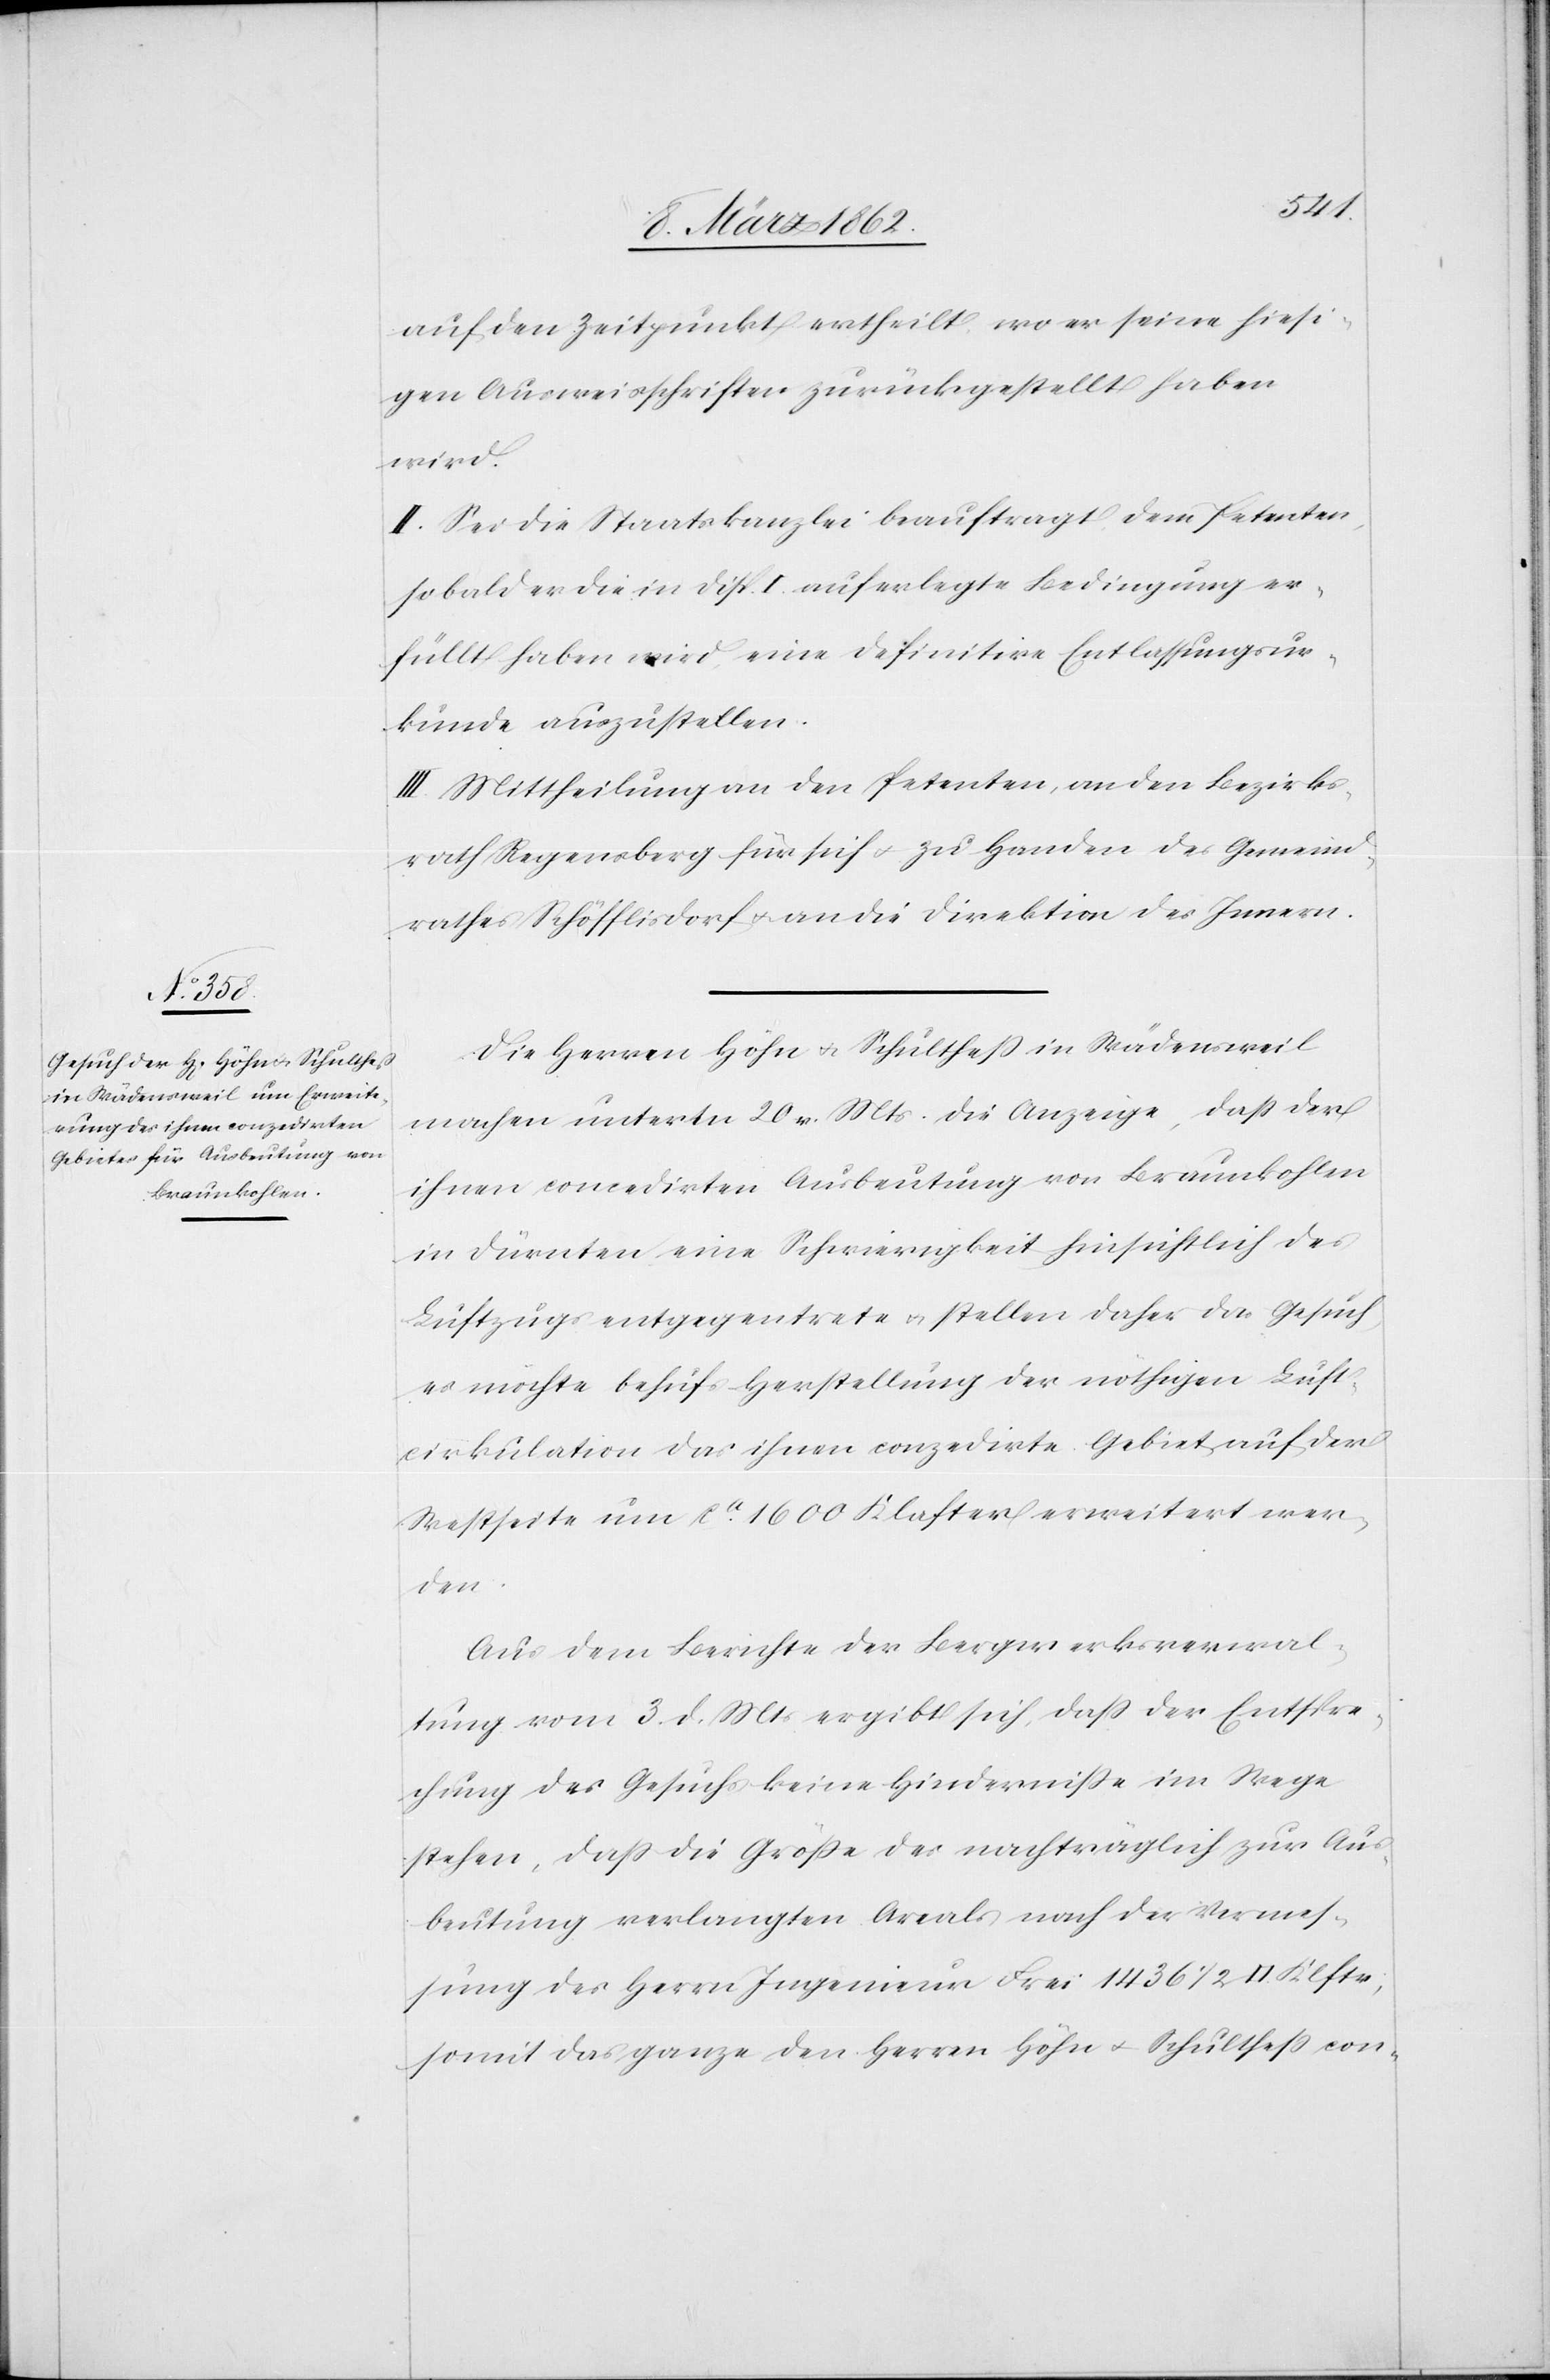
auf den Zeitpunkt ertheilt, wo er seine hiesi¬
gen Ausweisschriften zurückgestellt haben
wird.
II. Sei die Staatskanzlei beauftragt, dem Petenten,
so bald er die in Disp. I. auferlegte Bedingung er¬
füllt haben wird, eine definitive Entlassungsur¬
kunde auszustellen.
III. Mittheilung an den Petenten, an den Bezirks¬
rath Regensberg für sich u. zu Handen des Gemeind¬
rathes Schöfflisdorf u. an die Direktion des Innern.
Die Herren Höhn u. Schultheß in Wädensweil
machen unterm 20 v. Mts. die Anzeige, daß der
ihnen concedirten Ausbeutung von Braunkohlen
in Dürnten eine Schwierigkeit hinsichtlich des
Luftzugs entgegentrete u. stellen daher das Gesuch,
es möchte behufs Herstellung der nöthigen Luft¬
cirkulation das ihnen conzedirte Gebiet auf der
Westseite um ca. 1600 Klafter erweitert wer¬
den.
Aus dem Berichte der Bergwerksverwal¬
tung vom 3. d. Mts ergibt sich, daß der Entspre¬
chung des Gesuchs keine Hinderniße im Wege
stehen, daß die Größe des nachträglich zur Aus¬
beutung verlangten Areals nach der Vermes¬
sung des Herrn Ingenieur Frei 1436 1/2 [Quadrat] Klftr,
somit das ganze den Herren Höhn u. Schultheß con-